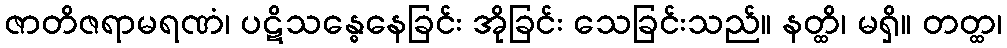
ဇာတိဇရာမရဏံ၊ ပဋိသန္ဓေနေခြင်း အိုခြင်း သေခြင်းသည်။ နတ္ထိ၊ မရှိ။ တတ္ထ၊